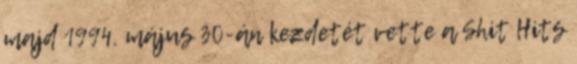
majd 1994. május 30-án kezdetét vette a Shit Hits